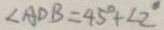
\angle A D B = 4 5 ^ { \circ } + \angle 2 ^ { \circ }